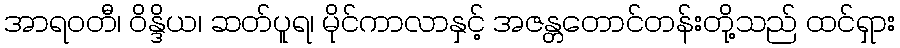
အာရဝတီ၊ ဝိန္ဒိယ၊ ဆတ်ပူရ၊ မိုင်ကာလာနှင့် အဇန္တတောင်တန်းတို့သည် ထင်ရှား